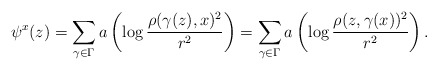
\begin{align*} \psi^x(z)=\sum_{\gamma\in\Gamma} a\left(\log\frac{\rho(\gamma(z),x)^2}{r^2}\right) = \sum_{\gamma\in\Gamma} a\left(\log\frac{\rho(z,\gamma(x))^2}{r^2}\right).\end{align*}